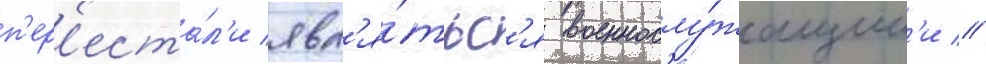
п'ер'еста́л'и явл'я́тьс'я военнослу́жащим'и //